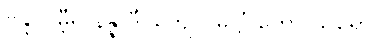
ဗိန္ဒု ဂမ္ဘီရ နိန္နာဒီ၊ တျေဝ မဋ္ဌင်္ဂိကော သရော။